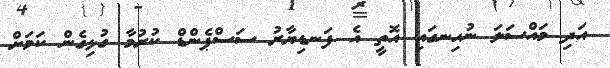
އަދި މައްސަލަ ނުހިނގައި އޮތީ އެ ފަނޑިޔާރު ސަސްޕެންޑް ކުރުމާ ގުޅިގެން ކަމަށް